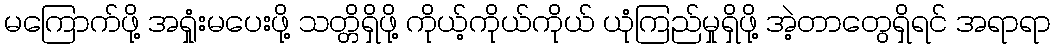
မကြောက်ဖို့ အရှုံးမပေးဖို့ သတ္တိရှိဖို့ ကိုယ့်ကိုယ်ကိုယ် ယုံကြည်မှုရှိဖို့ အဲ့တာတွေရှိရင် အရာရာ